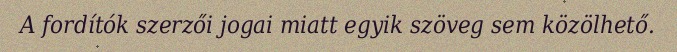
A fordítók szerzői jogai miatt egyik szöveg sem közölhető.